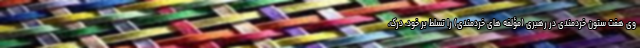
وی هفت ستون خردمندی در رهبری (مؤلفه های خردمندی) را تسلط بر خود، درک،